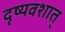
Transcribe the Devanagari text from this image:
दृष्यवशात्